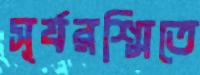
সূর্যরশ্মিতে